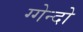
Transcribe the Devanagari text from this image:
ग्गेन्दो